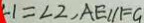
\angle 1 = \angle 2 , A E / / F G